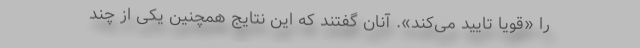
را «قویا تایید می‌کند». آنان گفتند که این نتایج همچنین یکی از چند